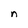
Character: n